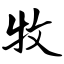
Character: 牧